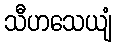
သီဟသေယျံ